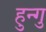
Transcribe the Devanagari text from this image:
हुन्गु